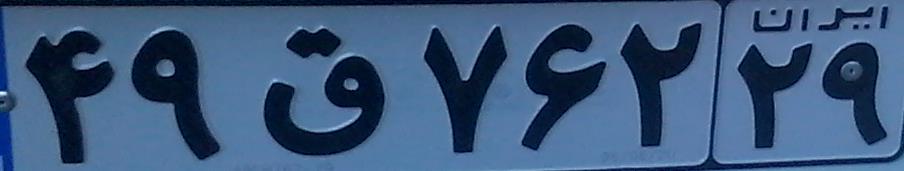
۴۹ق۷۶۲۲۹